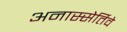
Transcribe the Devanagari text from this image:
अनास्सेर्तिवे